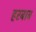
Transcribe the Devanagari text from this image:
हरबाब